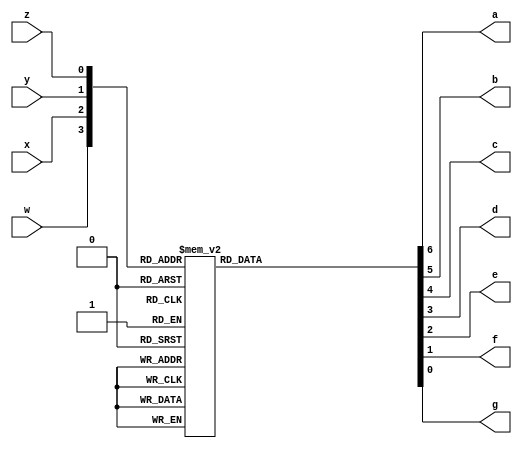
module Binary2sevenS (
	input w,x,y,z,
	output reg a,b,c,d,e,f,g);
	always @ (w,x,y,z) begin
		case({w,x,y,z})
			4'b0000:{a,b,c,d,e,f,g}=7'b0000001;
			4'b0001:{a,b,c,d,e,f,g}=7'b1001111;
			4'b0010:{a,b,c,d,e,f,g}=7'b0010010;
			4'b0011:{a,b,c,d,e,f,g}=7'b0000110;
			4'b0100:{a,b,c,d,e,f,g}=7'b1001100;
			4'b0101:{a,b,c,d,e,f,g}=7'b0100100;
			4'b0110:{a,b,c,d,e,f,g}=7'b0100000;
			4'b0111:{a,b,c,d,e,f,g}=7'b0001111;
			4'b1000:{a,b,c,d,e,f,g}=7'b0000000;
			4'b1001:{a,b,c,d,e,f,g}=7'b0000100;
			4'b1010:{a,b,c,d,e,f,g}=7'b0001000;
			4'b1011:{a,b,c,d,e,f,g}=7'b1100000;
			4'b1100:{a,b,c,d,e,f,g}=7'b0110001;
			4'b1101:{a,b,c,d,e,f,g}=7'b1000010;
			4'b1110:{a,b,c,d,e,f,g}=7'b0110000;
			4'b1111:{a,b,c,d,e,f,g}=7'b0111000;
		endcase
	end
endmodule